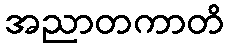
အညာတကာတိ